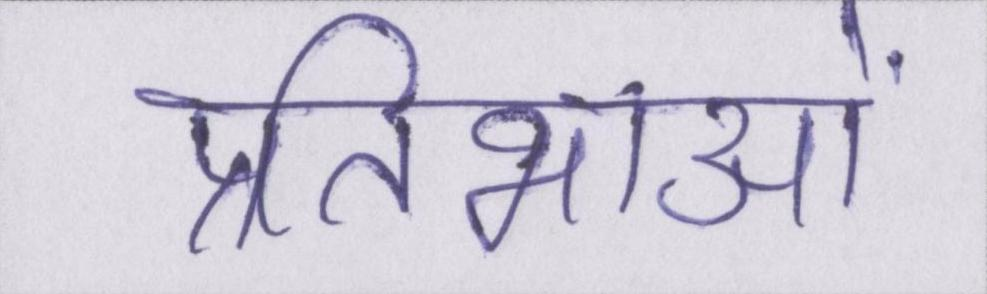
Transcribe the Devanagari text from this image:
प्रतिभाओं